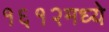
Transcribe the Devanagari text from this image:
१६१२मध्ये